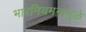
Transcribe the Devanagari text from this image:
भारनियमनामुळे